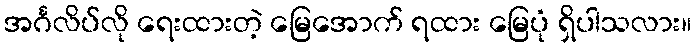
အင်္ဂလိပ်လို ရေးထားတဲ့ မြေအောက် ရထား မြေပုံ ရှိပါသလား။